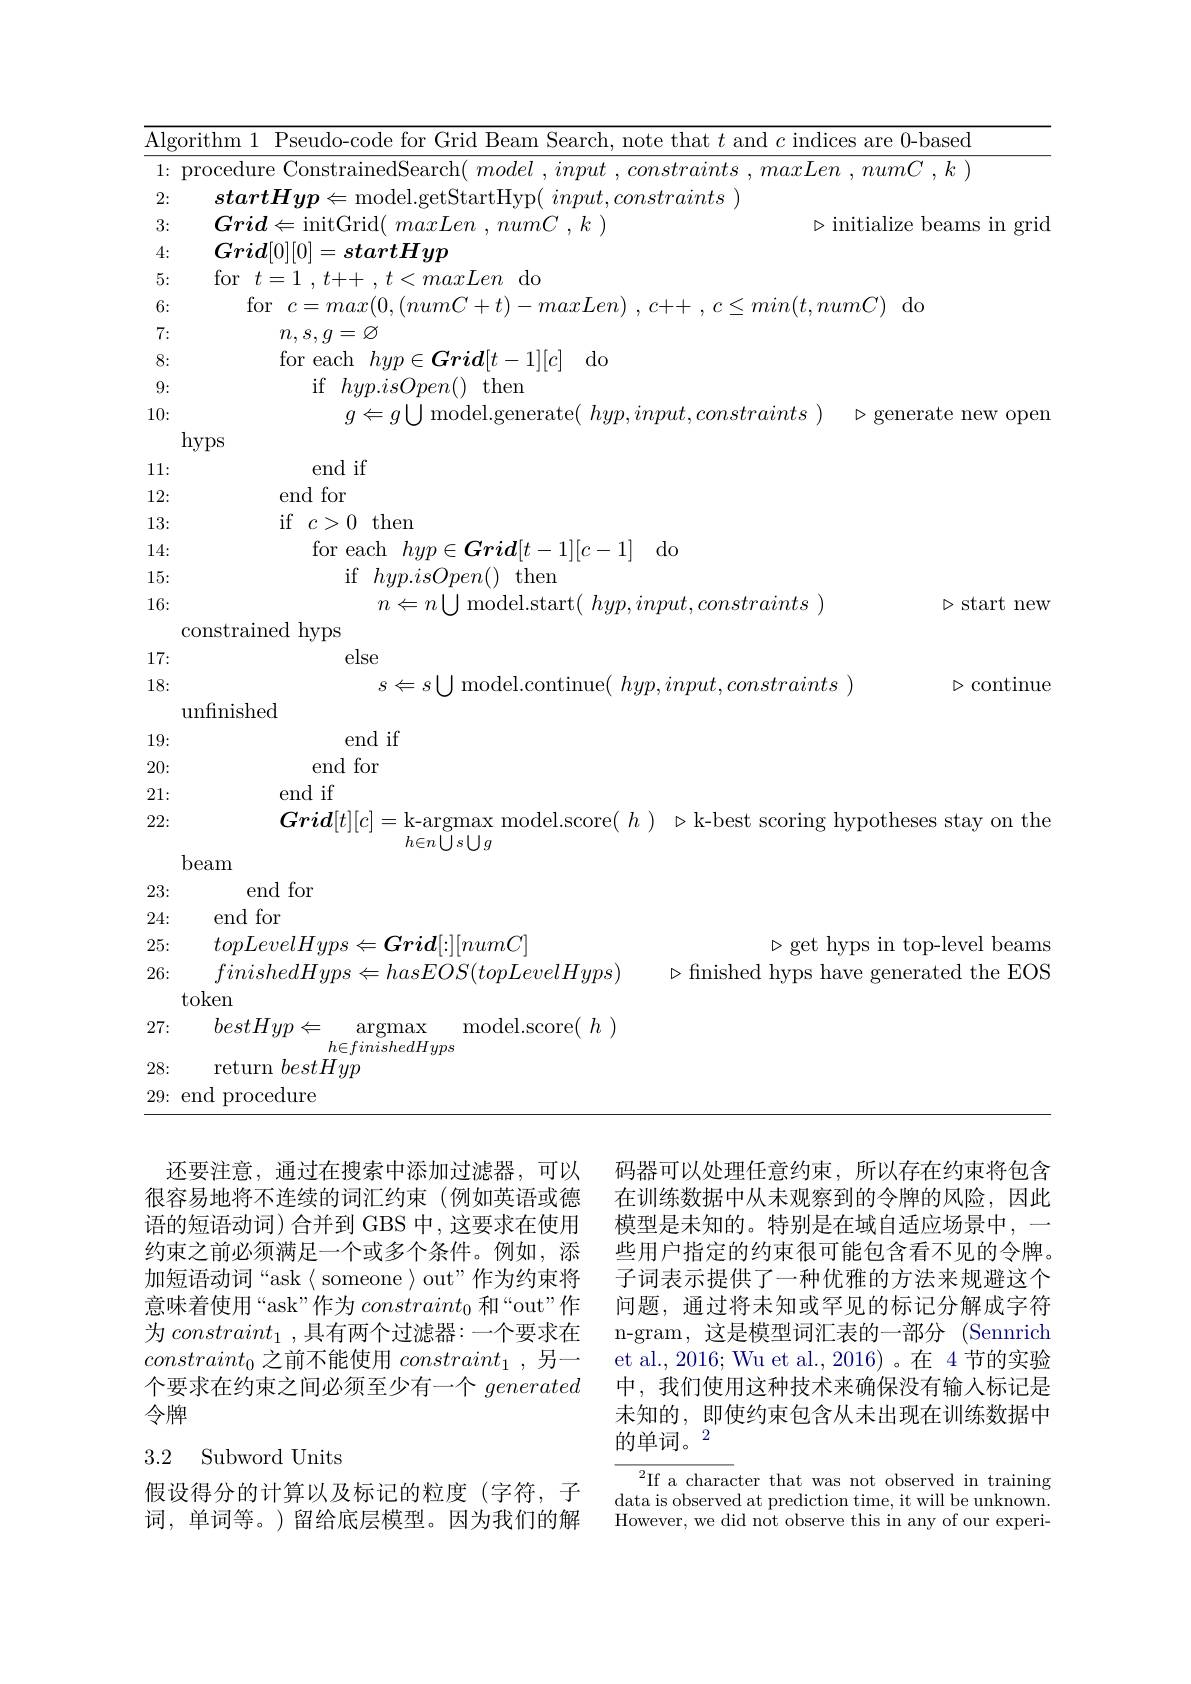
$n,s,g=\varnothing$
for each $hyp\in Gr\boldsymbol{id}[ t- 1] [ c]$ do
if$hyp.isOpen()$then

Algorithm 1 Pseudo-code for Grid Beam Search, note that $t$ and $c$ indices are 0-based 1: procedure ConstrainedSearch( model , input , constraints , maxLen , numC , $k)$ 2:
$startHyp\Leftarrow$model.getStartHyp( $input,constraints)$
3:
$Grid\Leftarrow$initGrid( $maxLen,numC,k)$
$\triangleright$initialize beams in grid
4:
$Grid[0][0]=startHyp$
5:
for$t=1,t++,t<maxLen$do
6:
for$c= max( 0, ( numC+ t) - maxLen)$ $, c+ +$ $, c\leq min( t, numC)$do
7: 8: 9: 10:
$g\Leftarrow g\bigcup$model.generate( $hyp, input, constraints)$ $\triangleright$ generate new oper
hyps
end if
11: 12:
end for
13:
if $c>0$ then
14:
for each $hyp\in \boldsymbol{G}ri\boldsymbol{d}[ t- 1] [ c- 1]$ do
15:
if$hyp.isOpen()$then
$\triangleright$start new
16:
$n\Leftarrow n\bigcup$model.start($hyp,input,constraints)$
constrained hyps
else
17: 18:
$s\Leftarrow s\bigcup$model.continue( $hyp,input,constraints)\triangleright$continue
unfinished
end if
19: 20:
end for
end if
21: 222:
$Grid[ t] [ c] = \underset {h\in n\bigcup s\bigcup g}{\operatorname* { \operatorname* { \text{k- argmax model. score( }h) } } }{\operatorname* { \text{k- argmax model. score( }h} })$ $\triangleright$k-best scoring hypotheses stay on the
beam
23:
end for
end for
24: 25:
$topLevelHyps\Leftarrow Grid[:][numC]$
$\triangleright$get hyps in top-level beams
26:
$finishedHyps\Leftarrow hasEOS(topLevelHyps)$
$\triangleright$finished hyps have generated the EOS
token
27:
$bestHyp\Leftarrow$
$\operatorname{argmax}$
${\mathrm{model.score}(\begin{array}{c}h\end{array})}$
$\begin{array}{c}{{h\in finishedHyps}}\\{{\mathrm{return~}bestHyp}}\\\end{array}$
28:
29{:}end procedure
还要注意，通过在搜索中添加过滤器，可以
码器可以处理任意约束，所以存在约束将包含
很容易地将不连续的词汇约束(例如英语或德
在训练数据中从未观察到的令牌的风险，因此
语的短语动词)合并到 GBS 中，这要求在使用
模型是未知的。特别是在域自适应场景中，一

约束之前必须满足一个或多个条件。例如，添加短语动词“ask〈someone〉out”作为约束将意味着使用“ask”作为$constraint_0$和“out”作为$constraint_{1}$ ,具有两个过滤器：一个要求在$constraint_0$之前不能使用$constraint_1$ ,另一个要求在约束之间必须至少有一个generated 令牌

些用户指定的约束很可能包含看不见的令牌。子词表示提供了一种优雅的方法来规避这个问题，通过将未知或罕见的标记分解成字符n-gram, 这是模型词汇表的一部分 (Sennrich et al., 2016; Wu et al., 2016)。在 4 节的实验中，我们使用这种技术来确保没有输入标记是未知的，即使约束包含从未出现在训练数据中的单词。2

## 3.2 Subword Units

${\overline{{^2}\text{If a charac}}}$ter that was not observed in training data is observed at prediction time, it will be unknown. However, we did not observe this in any of our experi-

假设得分的计算以及标记的粒度(字符，子词，单词等。)留给底层模型。因为我们的解